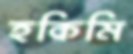
হকিমি